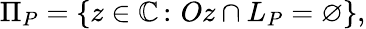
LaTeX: \Pi_{P}=\{ z\in\mathbb{C}\, \colon\, Oz\cap L_{P}=\varnothing\} ,